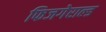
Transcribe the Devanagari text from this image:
फिजगेराल्ड